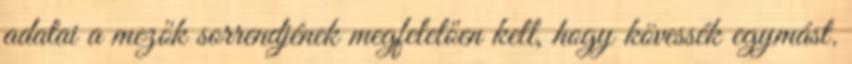
adatai a mezők sorrendjének megfelelően kell, hogy kövessék egymást.